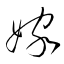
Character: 嫁